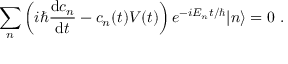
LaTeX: \sum _ { n } \left( i \hbar { \frac { \mathrm { d } c _ { n } } { \mathrm { d } t } } - c _ { n } ( t ) V ( t ) \right) e ^ { - i E _ { n } t / \hbar } | n \rangle = 0 ~ .